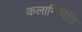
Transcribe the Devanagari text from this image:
कलानिर्मिति